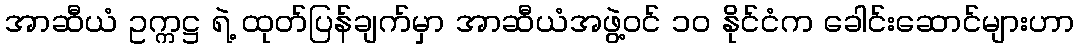
အာဆီယံ ဥက္ကဋ္ဌ ရဲ့ ထုတ်ပြန်ချက်မှာ အာဆီယံအဖွဲ့ဝင် ၁၀ နိုင်ငံက ခေါင်းဆောင်များဟာ